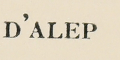
D'ALEP